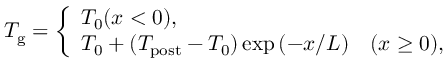
\begin{array} { r } { T _ { \mathrm { g } } = \left\{ \begin{array} { l } { T _ { 0 } \hfill ( x < 0 ) , } \\ { T _ { 0 } + ( T _ { \mathrm { p o s t } } - T _ { 0 } ) \exp { ( - x / L ) } \quad \hfill ( x \geq 0 ) , } \end{array} \right. } \end{array}